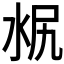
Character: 𣳣